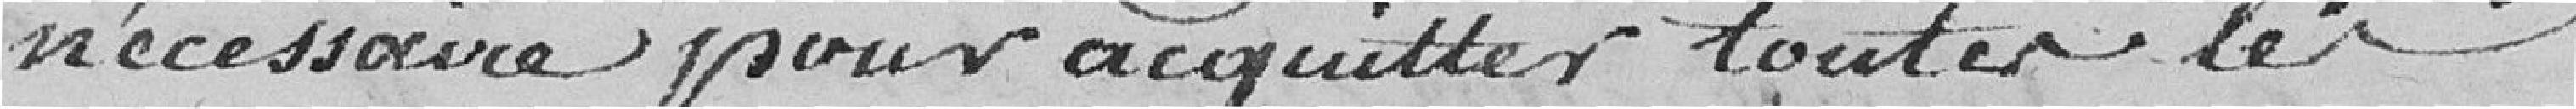
nécessaire pour acquitter toutes les